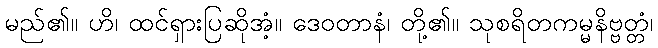
မည်၏။ ဟိ၊ ထင်ရှားပြဆိုအံ့။ ဒေဝတာနံ၊ တို့၏။ သုစရိတကမ္မနိဗ္ဗတ္တံ၊